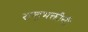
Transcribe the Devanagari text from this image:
राष्ट्रभक्तीची